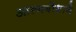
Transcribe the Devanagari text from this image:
आत्मबोधाने